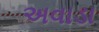
અવાડા